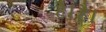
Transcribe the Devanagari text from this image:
है।है।